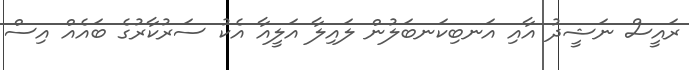
ރައީސް ނަޝީދު އާއި އަނބިކަނބަލުން ލައިލާ އަލީއާ އެކު ސަރުކާރުގެ ބައެއް އިސް